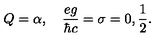
Q = { \alpha } , \quad \frac { e g } { \hbar c } = \sigma = 0 , \frac { 1 } { 2 } .